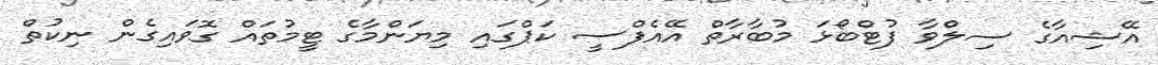
އޭޝިއާގެ ސިލްވާ ފުޓްބޯޅަ މުބާރާތް އޭއެފްސީ ކަޕްގައި މިޔަންމާގެ ޓީމުތައް ގޮވައިގެން ނިކުތް